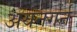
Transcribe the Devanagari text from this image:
अयनगर्न